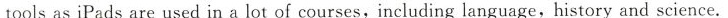
tools as iPads are used in a lot of courses,including language,history and science.